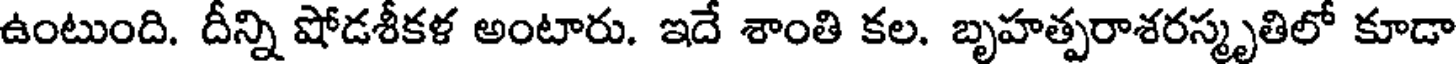
ఉంటుంది. దీన్ని షోడశీకళ అంటారు. ఇదే శాంతి కల. బృహత్పరాశరస్మృతిలో కూడా